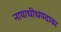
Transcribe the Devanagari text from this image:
नायाधीधपदावर